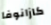
كازانوفا